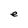
Character: e